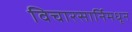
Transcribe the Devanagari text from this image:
विचारसार्निमधून